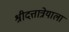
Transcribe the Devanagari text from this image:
श्रीदत्तात्रेयाला